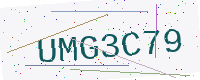
Text: UMG3C79